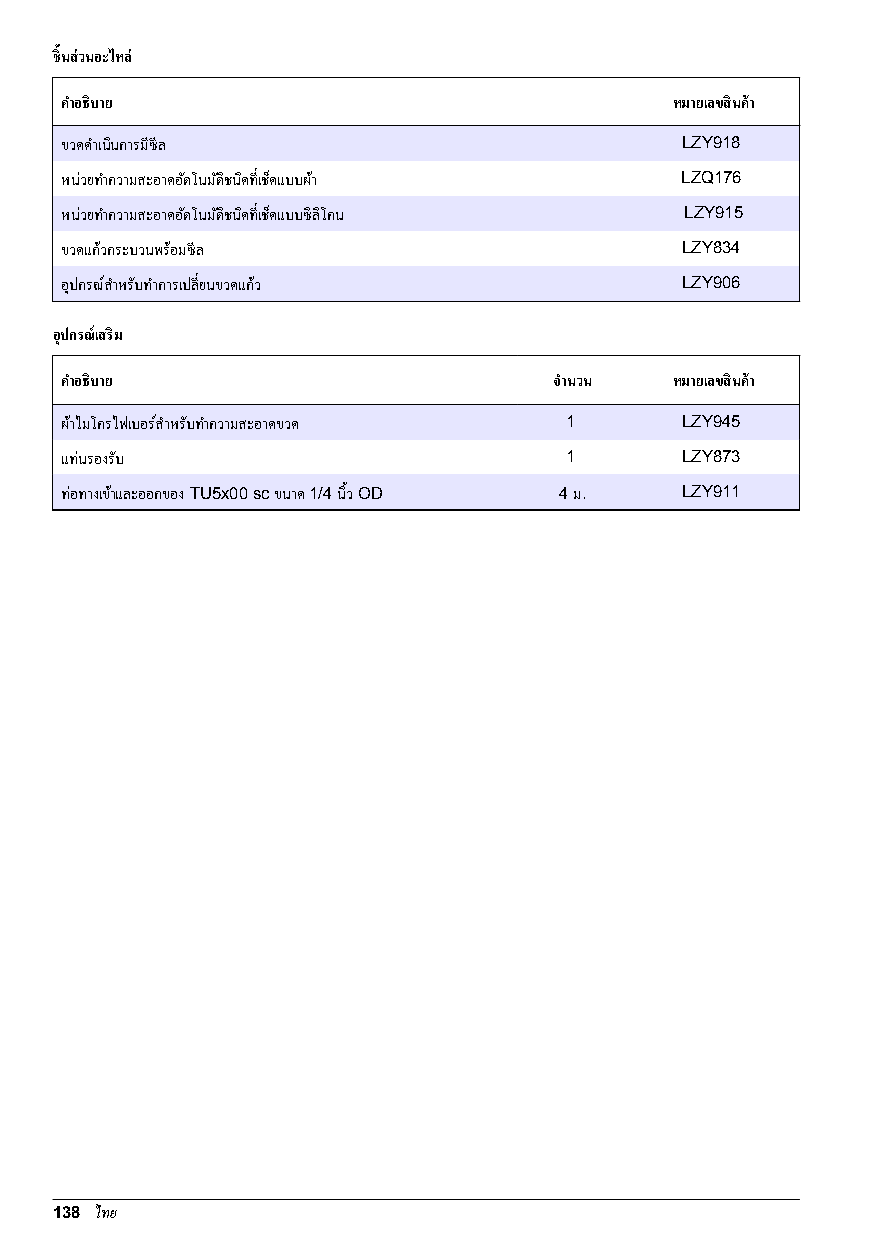
ชิ้นส่วนอะไหล่
 คาํอธิบาย                               หมายเลขสินค้า
 ขวดดาํเนินการมีซีล                       LZY918
 หน่วยทาํความสะอาดอตั โนมตั ิชนิดที่เช็ดแบบผา้ LZQ176
 หน่วยทาํความสะอาดอตั โนมตั ิชนิดที่เช็ดแบบซิลิโคน LZY915
 ขวดแกว้ กระบวนพร้อมซีล                   LZY834
 อุปกรณ์สาํหรับทาํการเปลี่ยนขวดแกว้       LZY906
 อุปกรณ์เสริม
 คาํอธิบาย                        จาํนวน หมายเลขสินค้า
 ผา้ไมโครไฟเบอร์สาํหรับทาํความสะอาดขวด 1  LZY945
 แท่นรองรับ                       1       LZY873
 ท่อทางเขา้และออกของ TU5x00 sc ขนาด 1/4 นิ้ว OD 4 ม. LZY911
 138 ไทย